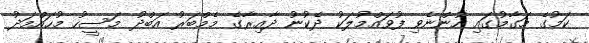
ކަމުގެ މަގާމުގައި ހުންނެވި ފުވައްމުލަކު ދެކުނު ދާއިރާގެ މެމްބަރު އަބްދު މަސީހު މުހައްމަދު